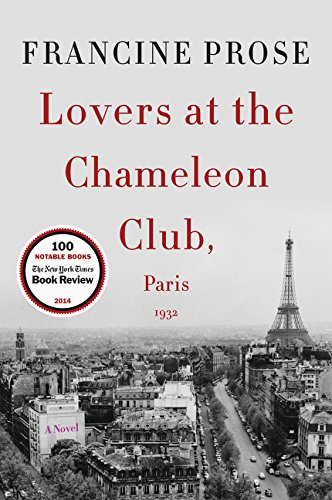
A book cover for Lovers at the Chameleon Club, Paris 1932: A Novel (P.S.); Francine Prose; Literature & Fiction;